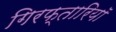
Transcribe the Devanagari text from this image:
गिरफ्तारियॉ